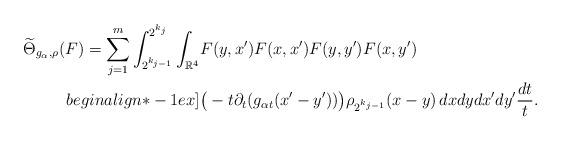
LaTeX: \begin{align*}\widetilde{\Theta}_{g_\alpha,\rho}(F) = \sum_{j=1}^m \int_{2^{k_{j-1}}}^{2^{k_j}}\int_{\mathbb{R}^4} & F(y,x') F(x,x')F(y,y')F(x,y') \\begin{align*}-1ex]& \big(-t\partial_t(g_{\alpha t}(x'-y'))\big) \rho_{2^{k_{j-1}}}(x-y) \,dx dy dx' dy' \frac{dt}{t}.\end{align*}